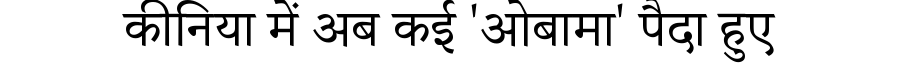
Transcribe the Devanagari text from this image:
कीनिया में अब कई 'ओबामा' पैदा हुए